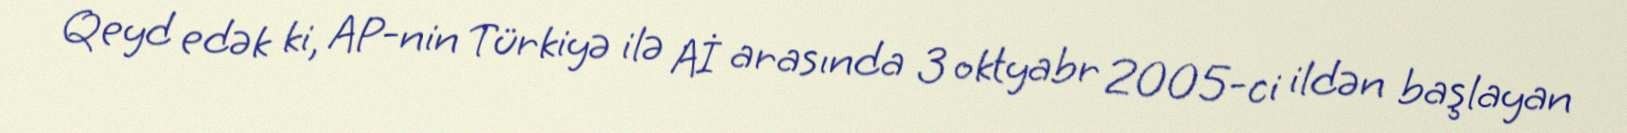
Qeyd edək ki, AP-nin Türkiyə ilə Aİ arasında 3 oktyabr 2005-ci ildən başlayan